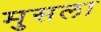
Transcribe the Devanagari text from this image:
मुसला